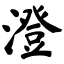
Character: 澄